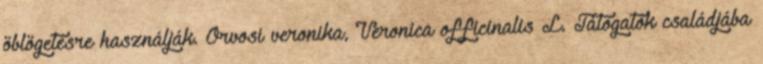
öblögetésre használják. Orvosi veronika, Veronica officinalis L. Tátogatók családjába